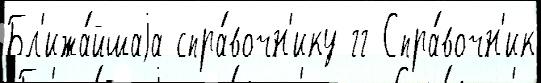
Бл'ижа́йшаjа спра́вочн'ику гг Спра́вочн'ик